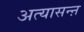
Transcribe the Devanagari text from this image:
अत्यासन्ऩ